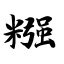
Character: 糨